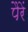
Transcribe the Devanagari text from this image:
पैरें